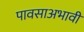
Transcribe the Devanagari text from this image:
पावसाअभावी